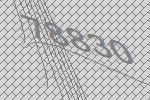
78830